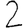
Digit: 2